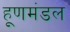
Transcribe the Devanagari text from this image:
हूणमंडल